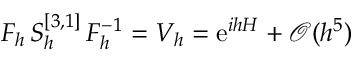
F _ { h } \, S _ { h } ^ { [ 3 , 1 ] } \, F _ { h } ^ { - 1 } = V _ { h } = \ensuremath { \mathrm { e } } ^ { i h H } + \mathcal { O } ( h ^ { 5 } )